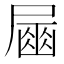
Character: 𡳘